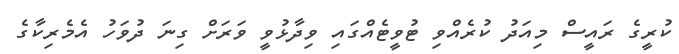
ކުރީގެ ރައީސް މިއަދު ކުރެއްވި ޓުވީޓެއްގައި ވިދާޅުވީ ވަރަށް ގިނަ ދުވަހު އެމެރިކާގެ